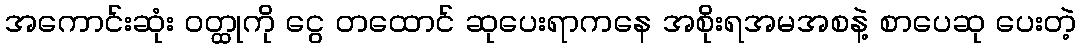
အကောင်းဆုံး ဝတ္ထုကို ငွေ တထောင် ဆုပေးရာကနေ အစိုးရအမအစနဲ့ စာပေဆု ပေးတဲ့